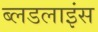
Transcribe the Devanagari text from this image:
ब्लडलाइंस